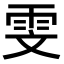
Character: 雯